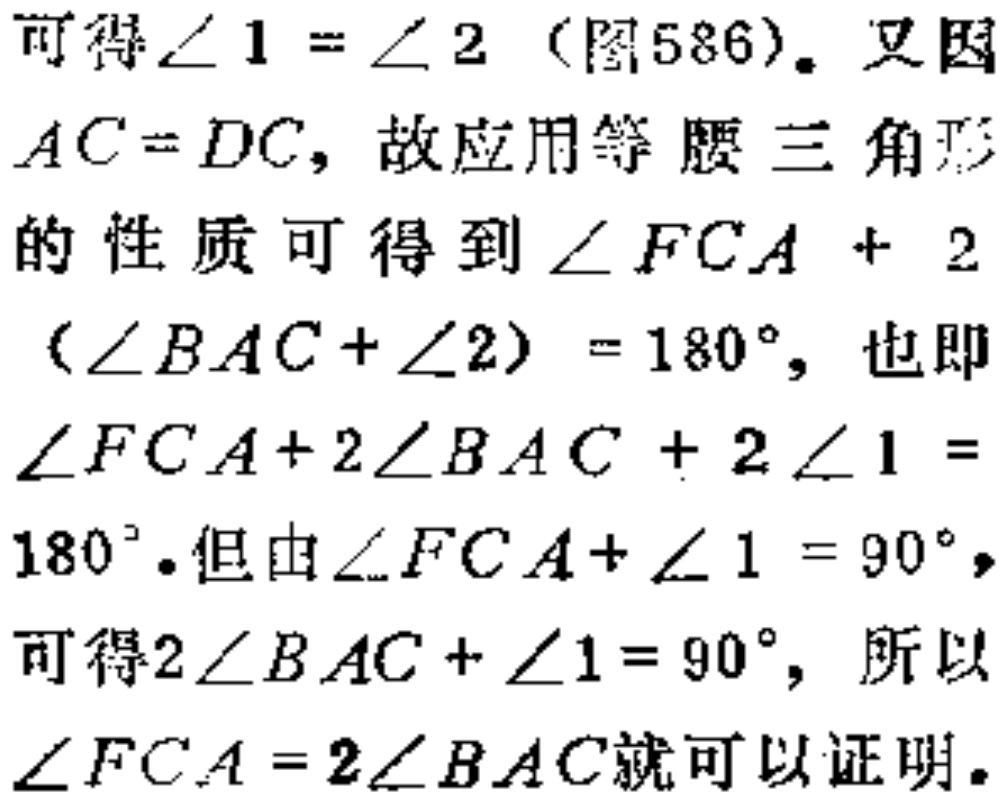
可得$\angle 1 = \angle 2$（图586）。又因$AC = DC$，故应用等腰三角形的性质可得到$\angle FCA + 2(\angle BAC+\angle 2)=180^{\circ}$，也即$\angle FCA+2\angle BAC + 2\angle 1 = 180^{\circ}$。但由$\angle FCA+\angle 1 = 90^{\circ}$，可得$2\angle BAC + \angle 1 = 90^{\circ}$，所以$\angle FCA = 2\angle BAC$就可以证明。